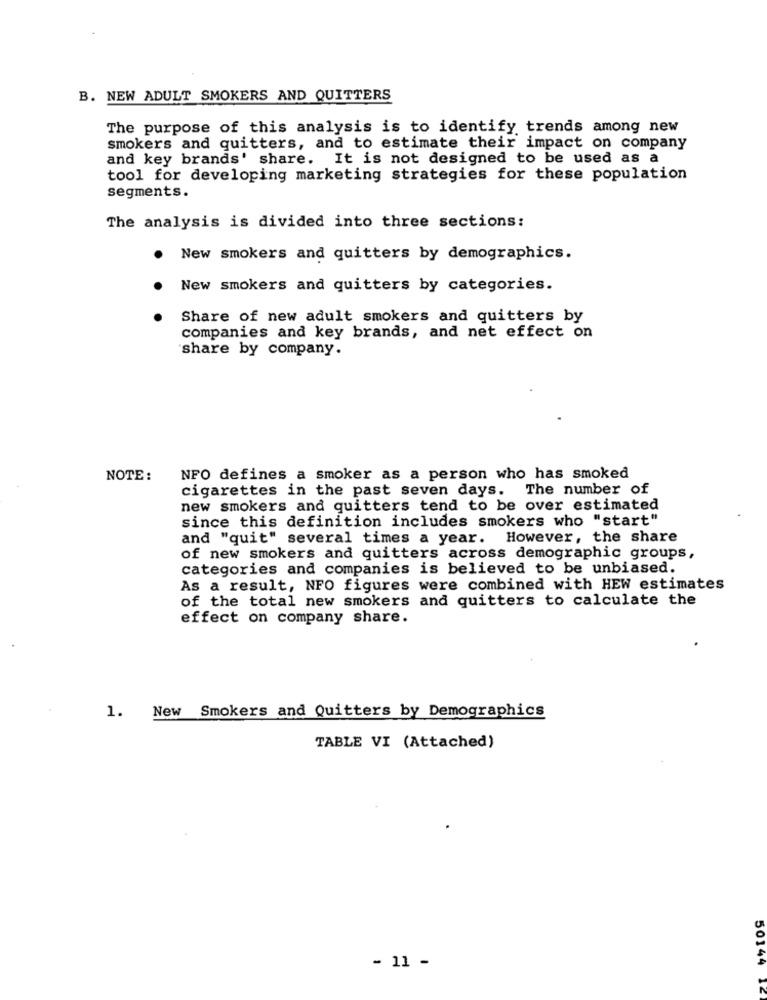
B. NEW ADULT SMOKERS AND QUITTERS
The purpose of this analysis is to identify trends among new
smokers and quitters, and to estimate their impact on company
and key brands' share. It is not designed to be used as a
tool for developing marketing strategies for these population
segments.
The analysis is divided into three sections:
New smokers and quitters by demographics.
New smokers and quitters by categories.
Share of new adult smokers and quitters by
companies and key brands, and net effect on
share by company.
NOTE :
NFO defines a smoker as a person who has smoked
cigarettes in the past seven days. The number of
new smokers and quitters tend to be over estimated
since this definition includes smokers who "start"
and "quit" several times a year.
However, the share
of new smokers and quitters across demographic groups,
categories and companies is believed to be unbiased.
As a result, NFO figures were combined with HEW estimates
of the total new smokers and quitters to calculate the
effect on company share.
1. New Smokers and Quitters by Demographics
TABLE VI (Attached)
- 11 -
50144